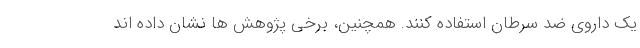
یک داروی ضد سرطان استفاده کنند. همچنین، برخی پژوهش ها نشان داده اند